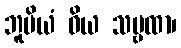
ဘူမိယံ ဝိယ သဗ္ဗထာ၊